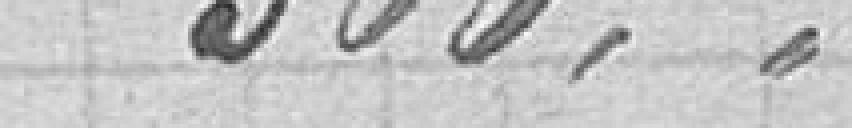
360